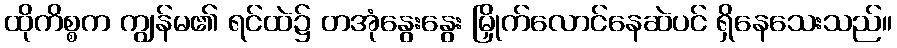
ထိုကိစ္စက ကျွန်မ၏ ရင်ထဲ၌ တအုံနွေးနွေး မြှိုက်လောင်နေဆဲပင် ရှိနေသေးသည်။